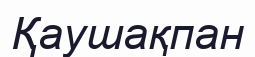
Қаушақпан